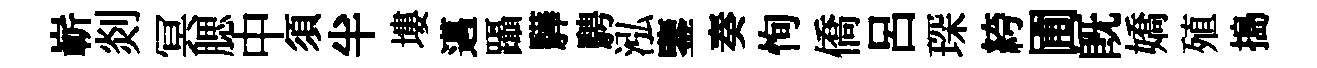
嶄剡冥腮中須半塿邁躡驊騁泓鑒奏恂僑呂琛絝圃既嬌殖搗